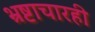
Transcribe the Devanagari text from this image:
भ्रष्टाचारही